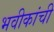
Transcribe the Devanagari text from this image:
भवीकांची